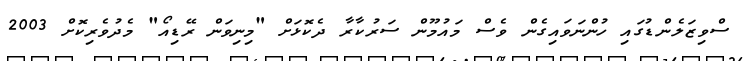
ސްވިޒަލެންޑުގައި ހުންނަވައިގެން ވެސް މައުމޫން ސަރުކާރާ ދެކޮޅަށް "މިނިވަން ރޭޑިއޯ" މެދުވެރިކޮށް 2003